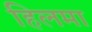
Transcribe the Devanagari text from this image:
हिलमा